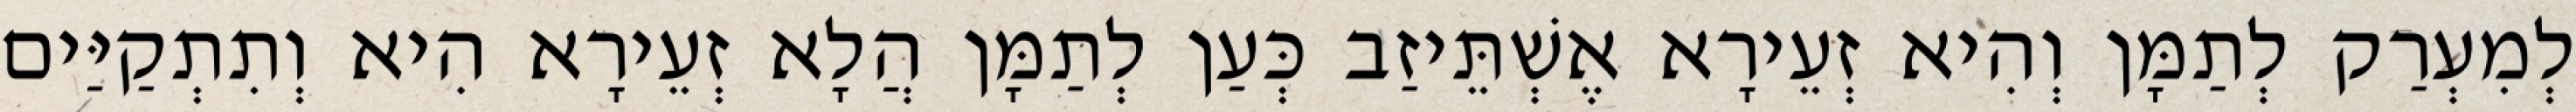
לְמִעְרַק לְתַמָּן וְהִיא זְעֵירָא אֶשְׁתֵּיזַב כְּעַן לְתַמָּן הֲלָא זְעֵירָא הִיא וְתִתְקַיַּים